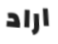
اراد